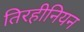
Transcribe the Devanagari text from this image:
तिरहीनियन